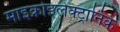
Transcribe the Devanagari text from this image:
माइक्रोइलेक्ट्रानिक